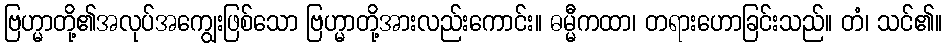
ဗြဟ္မာတို့၏အလုပ်အကျွေးဖြစ်သော ဗြဟ္မာတို့အားလည်းကောင်း။ ဓမ္မီကထာ၊ တရားဟောခြင်းသည်။ တံ၊ သင်၏။